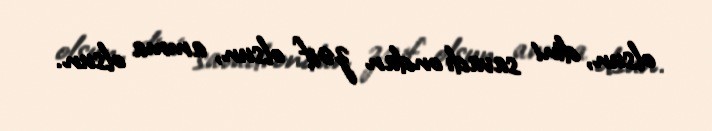
olsun, dini savadı ondan zəif olsun, amma olsun.